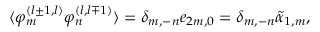
\langle \varphi _ { m } ^ { ( l \pm 1 , l ) } \varphi _ { n } ^ { ( l , l \mp 1 ) } \rangle = \delta _ { m , - n } e _ { 2 m , 0 } = \delta _ { m , - n } \widetilde { \alpha } _ { 1 , m } ,